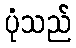
ပုံသည်